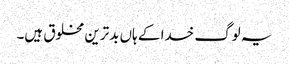
یہ لوگ خدا کے ہاں بدترین مخلوق ہیں۔